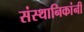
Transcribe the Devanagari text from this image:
संस्थानिकांनीं